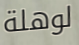
لوهلة